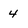
Character: 4